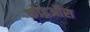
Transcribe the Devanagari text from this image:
कोइऑस